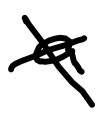
Text: a
Cross-out: mix
Writing tool: digital_black